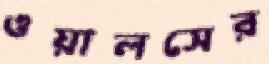
ওয়ালসের